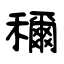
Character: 穪